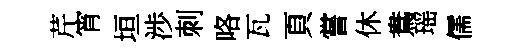
芹宵垣渉刺咯瓦頁嘗休鴦瑶儒